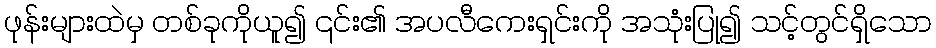
ဖုန်းများထဲမှ တစ်ခုကိုယူ၍ ၎င်း၏ အပလီကေးရှင်းကို အသုံးပြု၍ သင့်တွင်ရှိသော